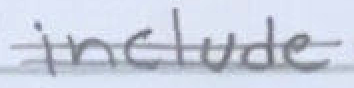
Text: include
Cross-out: double-line
Writing tool: pencil